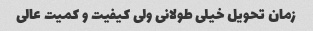
زمان تحویل خیلی طولانی ولی کیفیت و کمیت عالی